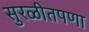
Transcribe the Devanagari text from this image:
सुरळीतपणा